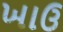
ખાઉ